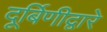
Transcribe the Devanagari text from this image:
दूर्बिणीद्वारे